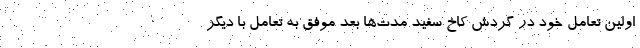
اولین تعامل خود در گردش کاخ سفید مدت‌ها بعد موفق به تعامل با دیگر